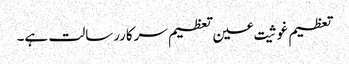
تعظیم غوثیت عین تعظیم سرکاررسالت ہے۔